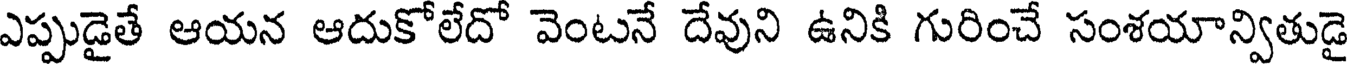
ఎప్పుడైతే ఆయన ఆదుకోలేదో వెంటనే దేవుని ఉనికి గురించే సంశయాన్వితుడై